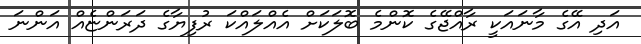
އަދި އޭގެ މާނައަކީ ރާއްޖޭގެ ކޮންމެ ބޮލަކަށް އެއްލައްކަ ރުފިޔާގެ ދަރަންޏެއް އަންނަ